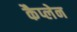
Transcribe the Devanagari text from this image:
कैप्लेन